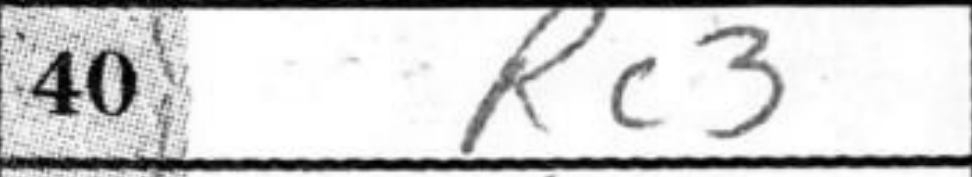
Transcription: Rc3